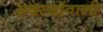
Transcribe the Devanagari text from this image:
सदस्योंवाली